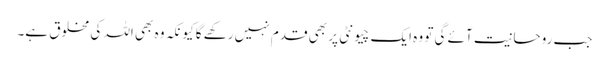
جب روحانیت آئے گی تو وہ ایک چیونٹی پر بھی قدم نہیں رکھے گا کیونکہ وہ بھی اللہ کی مخلوق ہے۔